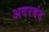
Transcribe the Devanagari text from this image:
अदरबंद